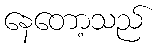
နေတော့သည်